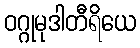
ဝဂ္ဂုမုဒါတီရိယေ